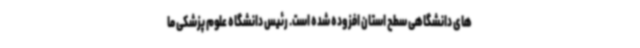
های دانشگاهی سطح استان افزوده شده است. رئیس دانشگاه علوم پزشکی ما